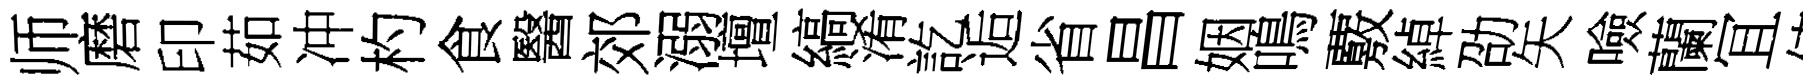
师磨印茹冲杓食醫郊溺壇縞淆訖逅省昌姻鳴覈綽劭矢噞蘭冝値賚